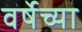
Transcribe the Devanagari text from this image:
वर्षेच्या